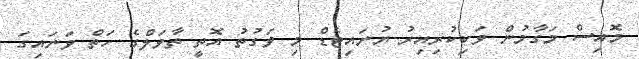
މޮއިސް މަގާމުން ވަކިކުރިއިރު ޔުނައިޓެޑް މި ވަގުތު އޮތީ ތާވަލްގެ ހަތް ވަނައިގަ